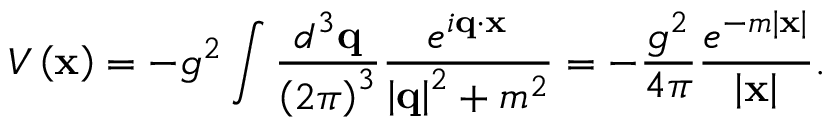
V \left( { \bf x } \right) = - g ^ { 2 } \int { \frac { d ^ { 3 } { { \bf q } } } { \left( 2 \pi \right) ^ { 3 } } } { \frac { e ^ { i { \bf q } \cdot { \bf x } } } { \left| { \bf q } \right| ^ { 2 } + m ^ { 2 } } } = - { \frac { g ^ { 2 } } { 4 \pi } } { \frac { e ^ { - m \left| { \bf x } \right| } } { \left| { \bf x } \right| } } .